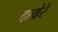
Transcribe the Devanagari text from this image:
दायेरे